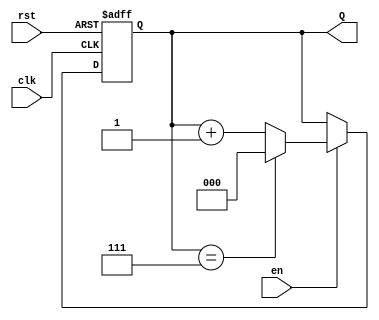
module binary_up_counter #(
    parameter N = 3 // Number of bits for the counter
)(
    input wire clk,     // Clock signal
    input wire rst,     // Asynchronous reset signal
    input wire en,      // Enable signal
    output reg [N-1:0] Q // Counter output
);

// Always block for the counter operation
always @(posedge clk or posedge rst) begin
    if (rst) begin
        // On reset, set count to zero
        Q <= 0;
    end else if (en) begin
        // On enable, increment the count
        if (Q == (1 << N) - 1) // Check if Q has reached max value (2^N - 1)
            Q <= 0;            // Wrap around to zero
        else
            Q <= Q + 1;        // Increment counter
    end
end

endmodule